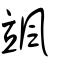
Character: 颯